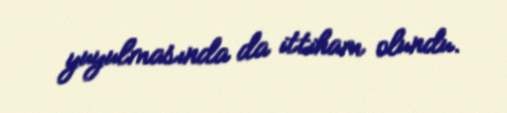
yuyulmasında da ittiham olundu.